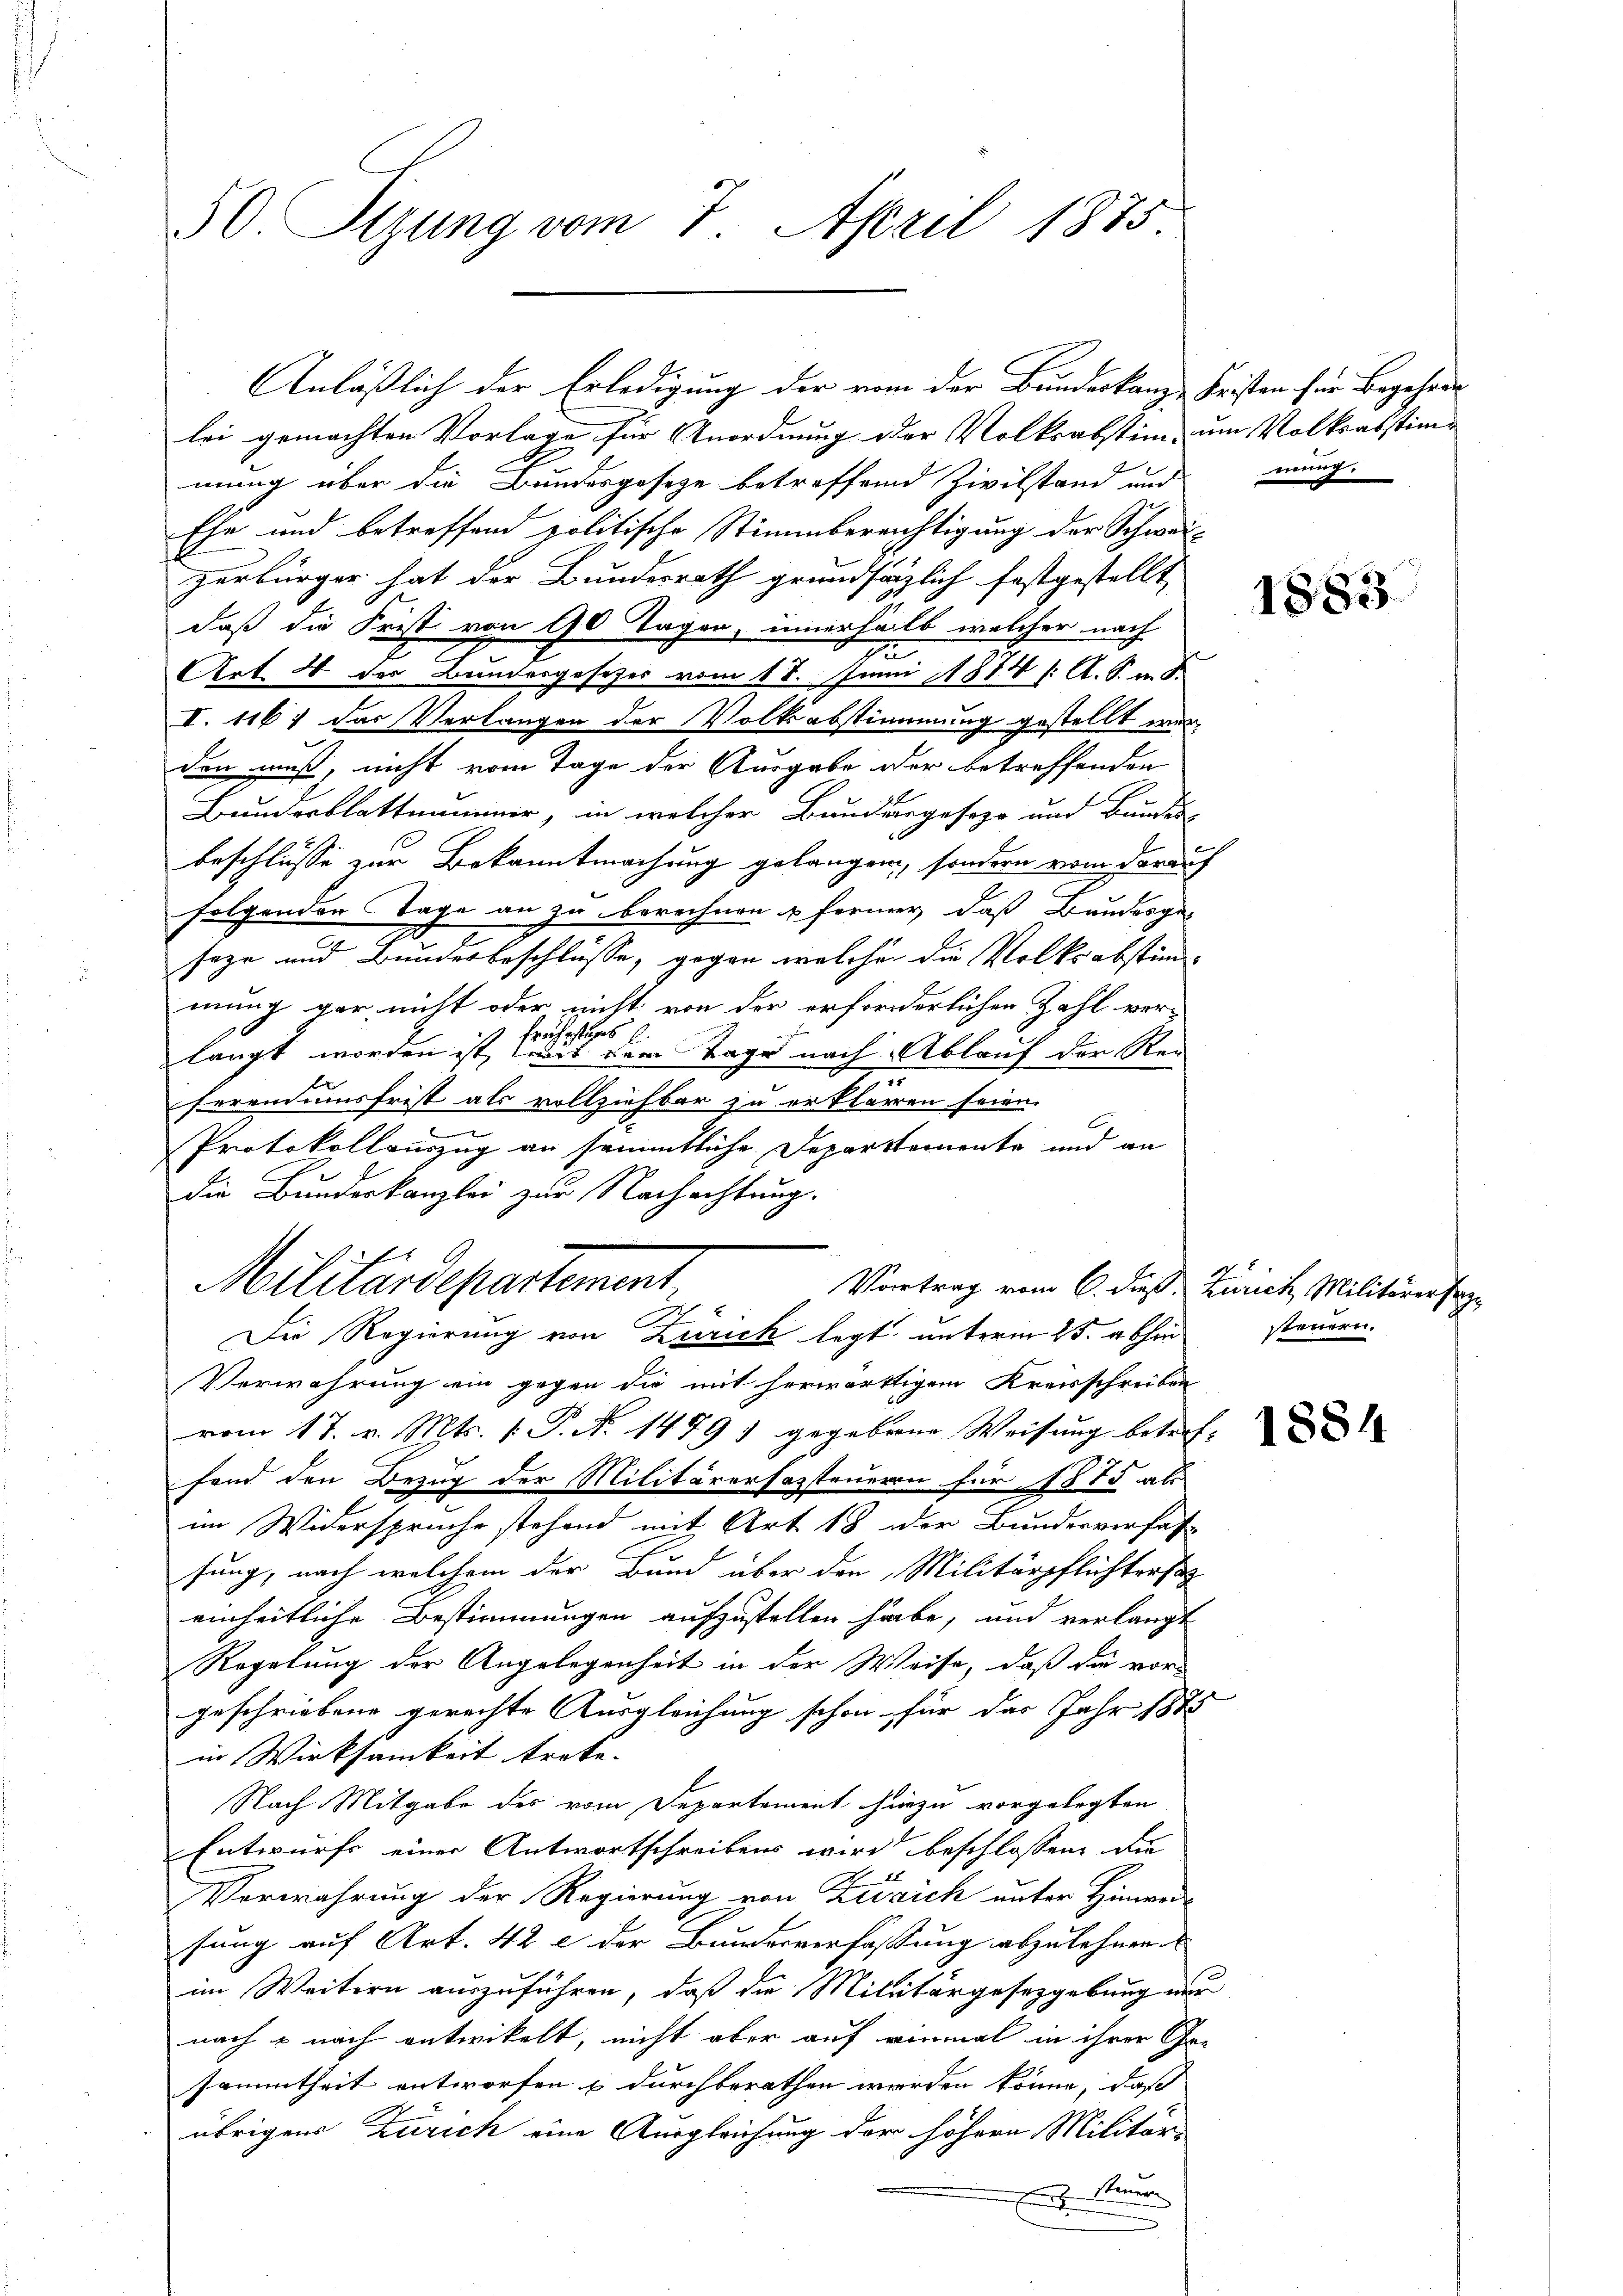
50. Sizung vom 7. April 1875

lei gemachten Vorlage für Anordnung der Volksabstim, um Volksabstime
mung über die Bundesgesetze betreffend Zivilstand und mang
Ehe und betreffend politische Stimmbereichtigung der Schwei-
zerbürger hat der Bundesrath grundsätzlich festgestellt,
daß die Frist von 90 Tagen, innerhalb welcher nach
Art. 4 der Bundesgesetzes vom 18. Juni 1874 /: A. S. m. S
I. 1161 das Verlangen der Volksabstimmung gestellt wurden muß, nicht vom Tage der Ausgabe oder betreffenden
Bunderblattnummer, in welcher Bundergeseze und Bundes-
beschlüsse zur Bekanntmachung gelangen, sondern vom darauf
folgenden Tage an zu berechnen u ferner, daß Bundesge-
seze und Bundesbeschlüsse, gegen welche die Volksabstimmung gar nicht oder nicht von der erforderlichen Zahl ver-
frühestages
langt worden ist, mit dem Tage nach Ablauf der Rei
ferendumsfrist als vollziehbar zu erklären seien.
.
Protokollauszug an sämmtliche Departemente und an
Die Bundeskanzlei zur Nachachtung.
Die Regierung von Zürich legt unterm 25. abhin
Verwahrung ein gegen die mit herwärtigem Kreisschreiben
vom 17. v. Mts. v. P. N. 14791 gegebene Weisung betref- |
fend den Bezug der Militärersazsteueren für 1815 als
im Widerspruche stehend mit Art 18 der Bundesverfas
fung, nach welchem der Bund über den Militärpflichterst
einheitliche Bestimmungen aufzustellen habe, und verlangt
Regelung der Angelegenheit in der Weise, daß die vor-
geschriebene gerechte Ausgleichung schon für das Jahr 1875
in Wirksamkeit trete. |
Nach Mitgabe des vom Separtement hinzu vorgelegten
Entwurfs einer Antwortschreibens wird beschlossen, die
Verwahrung der Regierung von Zersich unter Hinwersung auf Art. 42 e der Bundesverfassung abzulehnen.
im Weitern auszuführen, daß die Militärgesetzgebung nur
nach & nach entwickelt, nicht aber auf einmal in ihrer Gesammtheit entworfen & durchberathen werden könne, daß
übrigens Zürich eine Ausgleichung der höhere Militär-
E Steuer

Anläßlich der Erledigung der vom der Bundeskanz Fristen für Begehren

Militärdepartement

Vortrag vom 6. dieß, Zürich, Militärer sa

1883.

steuern.

1884